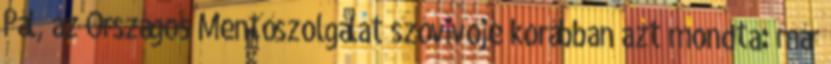
Pál, az Országos Mentőszolgálat szóvivője korábban azt mondta: már